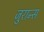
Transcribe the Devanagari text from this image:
जुरान्स